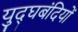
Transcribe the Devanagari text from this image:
युद्घबंदियों